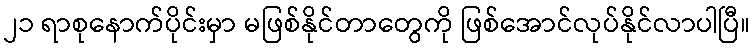
၂၁ ရာစုနောက်ပိုင်းမှာ မဖြစ်နိုင်တာတွေကို ဖြစ်အောင်လုပ်နိုင်လာပါပြီ။